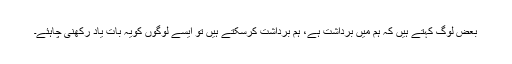
بعض لوگ کہتے ہیں کہ ہم میں برداشت ہے، ہم برداشت کرسکتے ہیں تو ایسے لوگوں کویہ بات یاد رکھنی چاہئے۔